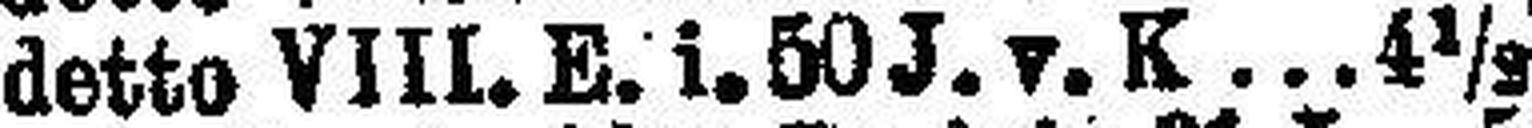
detto VIII. E. i. 50 J. v. K 4½